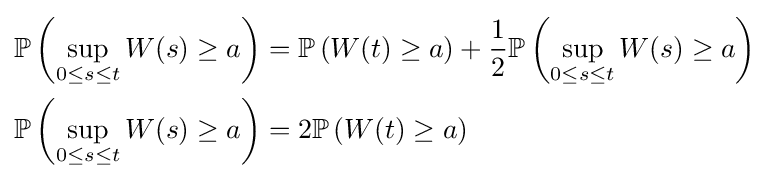
{\begin{aligned}\mathbb {P} \left(\sup _{0\leq s\leq t}W(s)\geq a\right)&=\mathbb {P} \left(W(t)\geq a\right)+{\frac {1}{2}}\mathbb {P} \left(\sup _{0\leq s\leq t}W(s)\geq a\right)\\\mathbb {P} \left(\sup _{0\leq s\leq t}W(s)\geq a\right)&=2\mathbb {P} \left(W(t)\geq a\right)\end{aligned}}